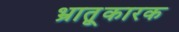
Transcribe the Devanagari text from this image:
भ्रातृ्कारक